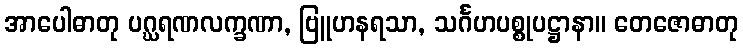
အာပေါဓာတု ပဂ္ဃရဏလက္ခဏာ, ဗြူဟနရသာ, သင်္ဂဟပစ္စုပဋ္ဌာနာ။ တေဇောဓာတု